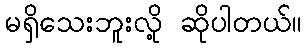
မရှိသေးဘူးလို့ ဆိုပါတယ်။